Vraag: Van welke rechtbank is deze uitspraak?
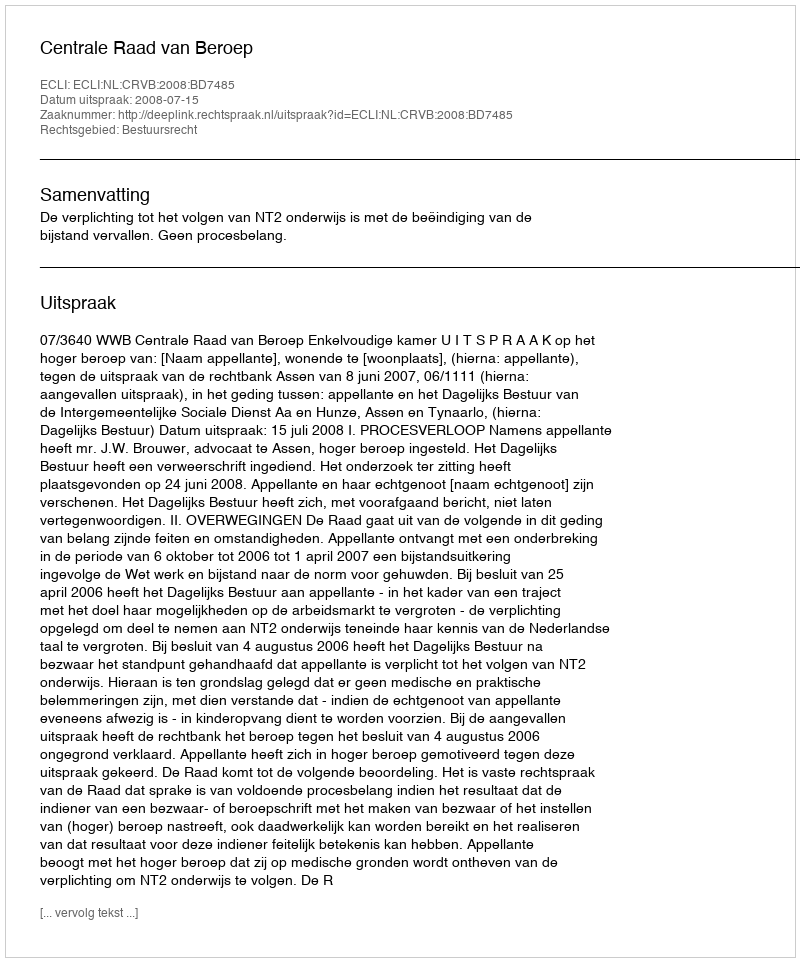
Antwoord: Centrale Raad van Beroep